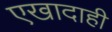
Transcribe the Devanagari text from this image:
एखादाही